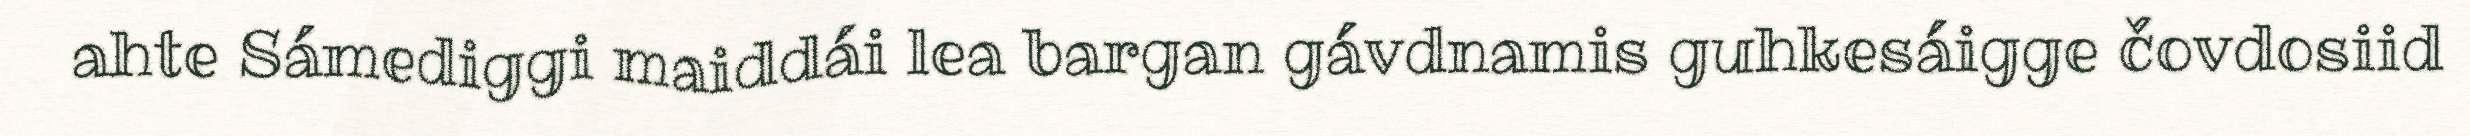
ahte Sámediggi maiddái lea bargan gávdnamis guhkesáigge čovdosiid